Annual administration report of the Civil Veterinary Department of India - 1893-1894
Year: 1893
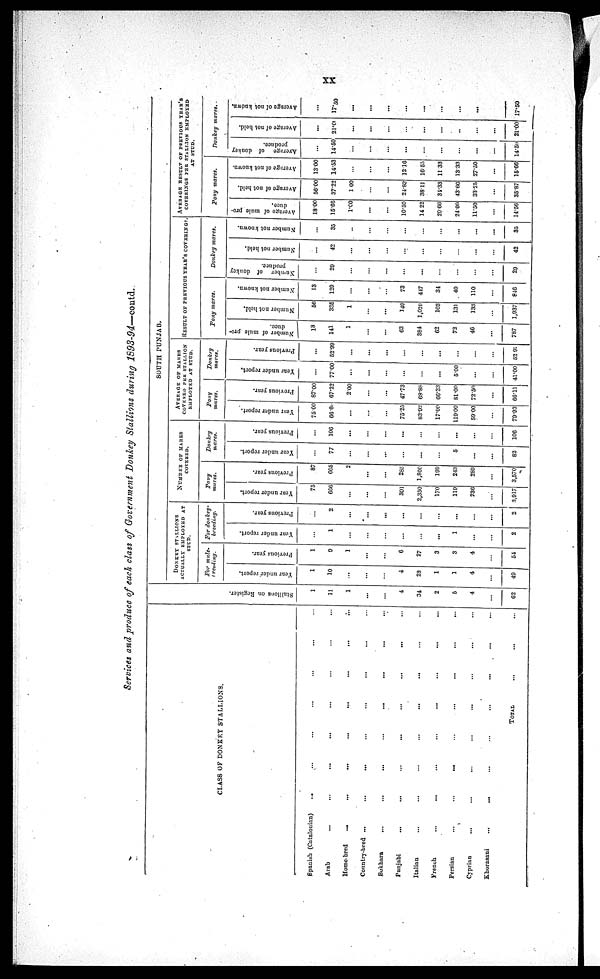
xx
Services and produce of each class of Government Donkey Stallions during 1893-94.—contd.
CLASS OF DONKEY STALLIONS.
Spanish (Catalonian) ... ... ... ... ... ... ...
Arab ... ... ... ... ... ... ... ...
Home-bred ... ... ... ... ... ... ... ...
Country-bred ... ... ... ... ... ... ... ...
Bokhara ... ... ... ... ... ... ... ...
Punjabi ... ... ... ... ... ... ... ...
Italian ... ... ... ... ... ... ... ...
French ... ... ... ... ... ... ... ...
Persian ... ... ... ... ... ... ... ...
Cyprian ... ... ... ... ... ... ... ...
Khorasani ... ... ... ... ... ... ... ...
TOTAL...
St al l
i
ons on Regi s t
er .
1
11
1
...
...
4
34
2
5
4
...
62
SOUTH PUNJAB.
DONKEY STALLIONS
ACTUALLY EMPLOYED AT
STUD.
For mule-
breeding.
Year under report.
1
10
...
...
...
4
23
1
1
4
...
49
Previous year.
1
9
1
...
...
6
27
3
3
4
...
54
For donkey
breeding.
Year under report.
...
1
...
...
...
...
...
...
1
...
...
2
Previous year.
...
2
...
...
...
...
...
...
...
...
...
2
NUMBER OF MARES
COVERED.
Pony
mares.
Year under report.
75
666
...
...
...
301
2,350
170
119
236
...
3,917
Previous year.
87
605
2
...
...
285
1,860
199
243
289
...
3,570
Donkey
mares.
Year under report.
...
77
...
...
...
...
...
...
5
...
...
82
Previous year.
...
106
...
...
...
...
...
...
...
...
...
106
AVERAGE OF MARES
COVERED PER STALLION
EMPLOYED AT STUD.
Pony
mares.
Year
under report.
75.00
66.60
...
...
...
75.25
83.92
17.00
11900
59.00
...
79.93
Previous year.
87.00
67.22
2 .00
...
...
47.73
63.88
66.33
81.00
72.50
...
66.11
Donkey
mares.
Year under report.
...
77.00
...
...
...
...
...
...
5 .00
...
...
41.00
Previous year.
...
52.99
...
...
...
...
...
...
...
...
...
52.93
RESULT OF PREVIOUS YEAR'S COVERINGS.
Pony mares.
Number of mule pro-
duce.
13
141
1
...
...
63
384
62
72
46
...
787
Number not held.
56
335
1
...
...
149
1,029
103
131
133
...
1,937
Number not known.
13
129
...
...
...
73
447
34
40
110
...
846
Donkey mares.
Number of donkey
produce.
...
29
...
...
...
...
...
...
...
...
...
29
Number not held.
...
42
...
...
...
...
...
...
...
...
...
42
Number not known.
...
35
...
...
...
...
...
...
...
...
...
35
AVERAGE RESULT OF PREVIOUS YEAR'S
COVERINGS PER STALLION EMPLOYED
AT STUD.
Pony mares.
Average of mule pro-
duce.
18.00
15.66
1.00
...
...
10.50
14. 22
20.66
24.00
11.50
...
14.56
Average of not held.
56.00
37.22
1.00
...
...
24.83
38.11
34.33
43.66
33.25
...
35.87
Average of not known.
13.00
14.53
...
...
...
12.16
16.55
11.33
13.33
27.50
...
15.66
Donkey mares.
Average of donkey
produce.
...
14.50
...
...
...
...
...
...
...
...
...
14.50
Average of not held.
...
21.00
...
...
...
...
...
...
...
...
...
21.00
Average of not known.
...
17.50
...
...
...
...
...
...
...
...
...
17.50